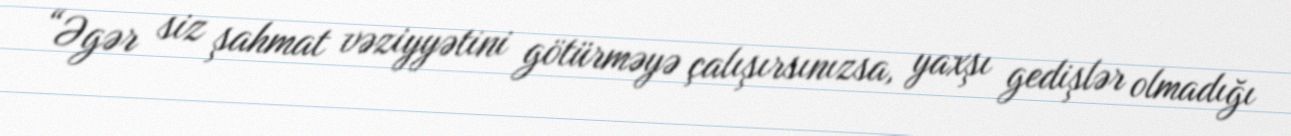
“Əgər siz şahmat vəziyyətini götürməyə çalışırsınızsa, yaxşı gedişlər olmadığı